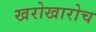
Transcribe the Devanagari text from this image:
खरोखारोच